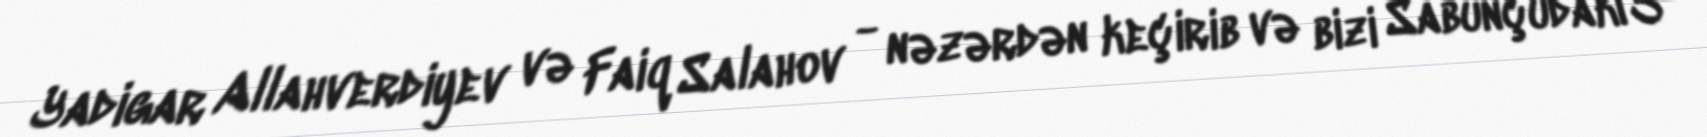
Yadigar Allahverdiyev və Faiq Salahov - nəzərdən keçirib və bizi Sabunçudakı 3